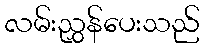
လမ်းညွှန်ပေးသည်